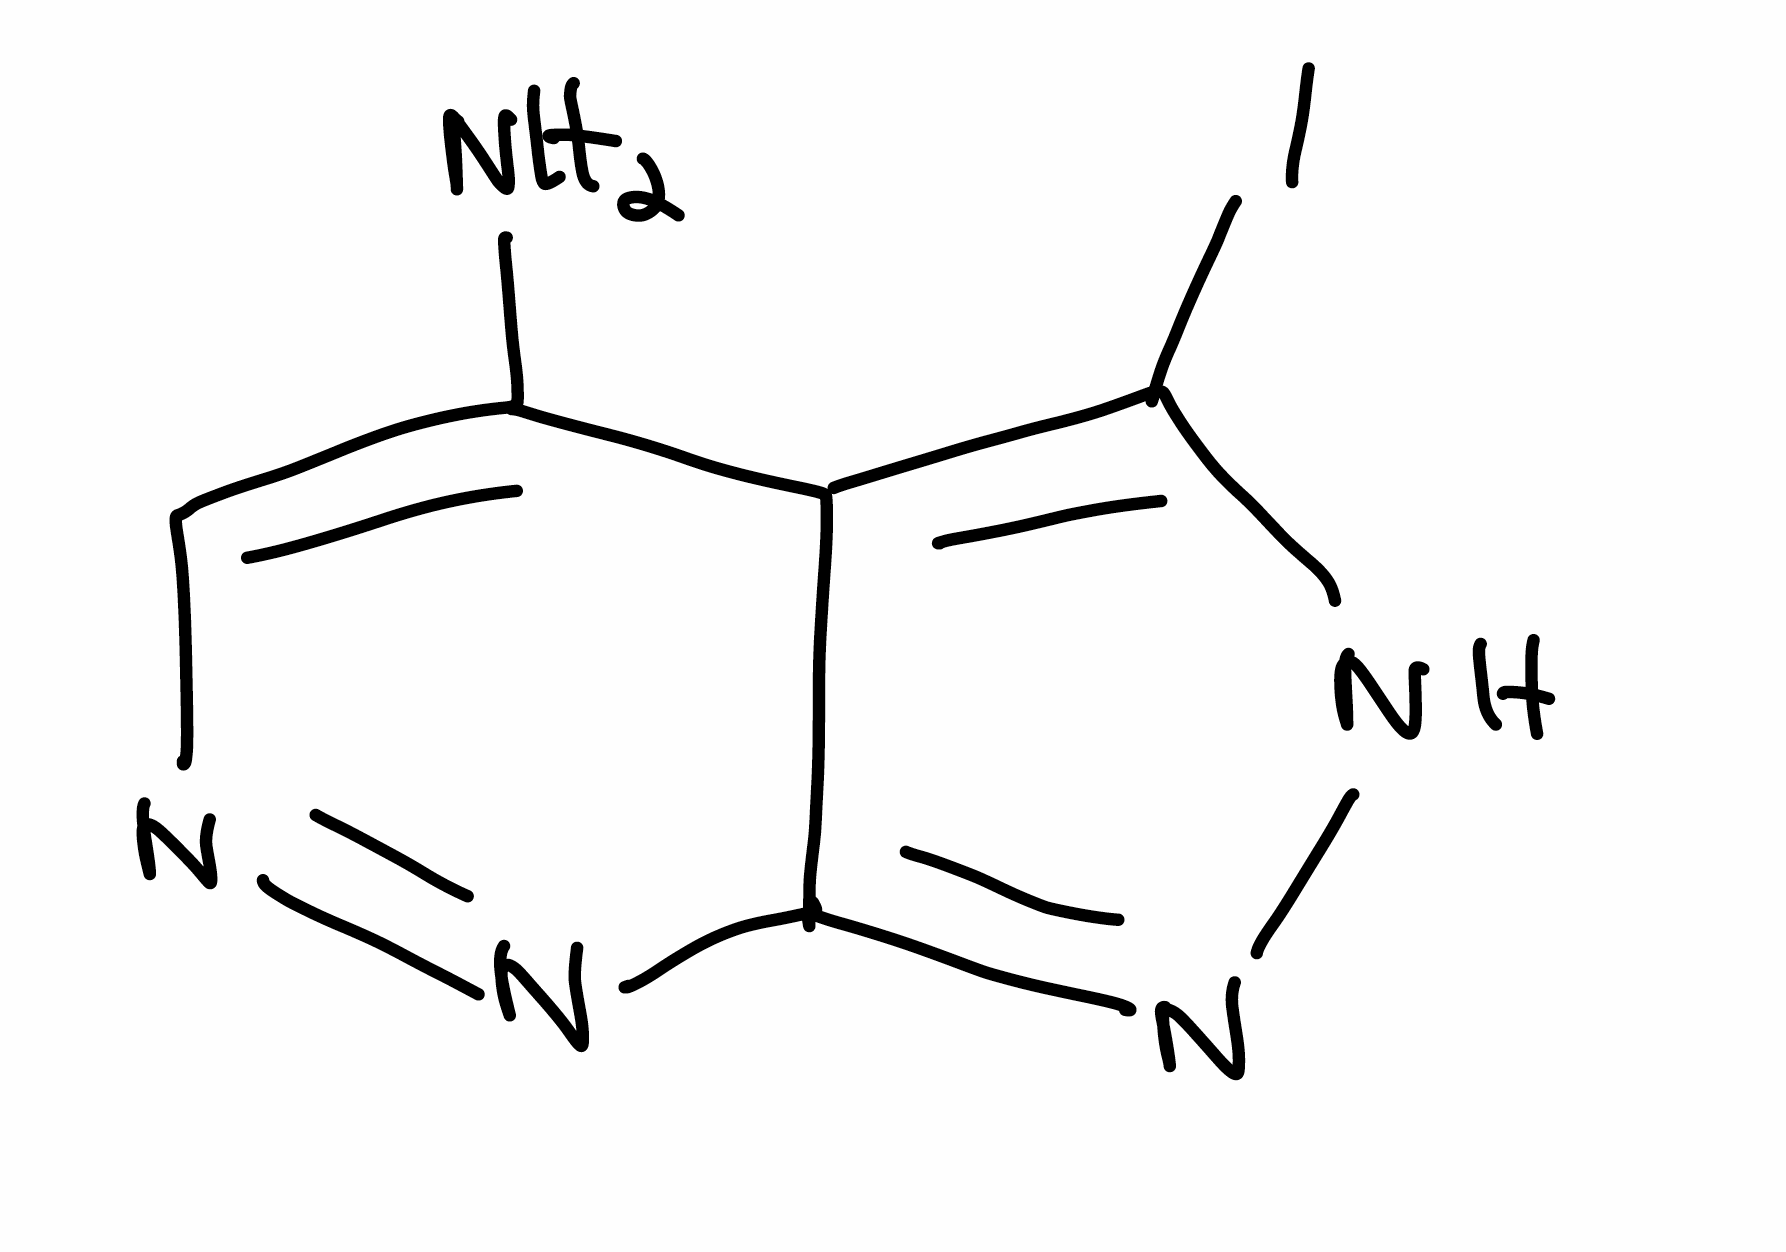
Simplified molecular-input line-entry system (SMILES) notation of the given molecule:
C1=C(C2=C(NN=C2N=N1)I)N